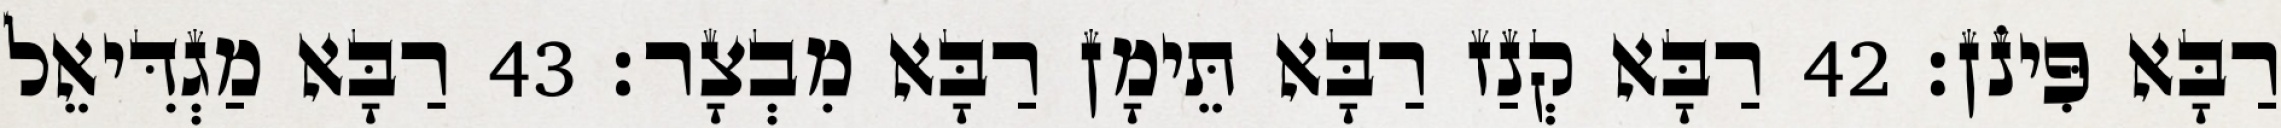
רַבָּא פִּינֹן׃ 42 רַבָּא קְנַז רַבָּא תֵּימָן רַבָּא מִבְצָר׃ 43 רַבָּא מַגְדִּיאֵל